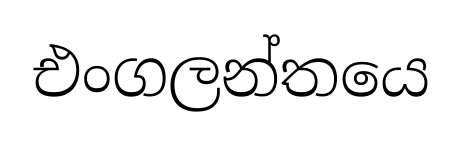
එංගලන්තයෙ